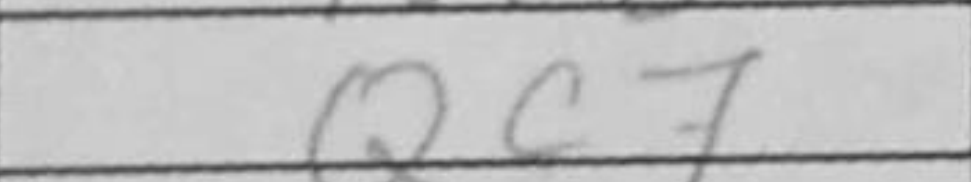
Transcription: Qc7